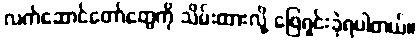
လက်ဆောင်တော်တွေကို သိမ်းထားလို့ ဖြေရှင်းခဲ့ရပါတယ်။